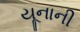
યૂનાની